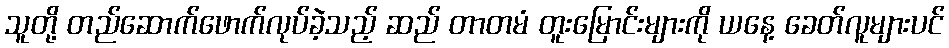
သူတို့ တည်ဆောက်ဖောက်လုပ်ခဲ့သည့် ဆည် တာတမံ တူးမြောင်းများကို ယနေ့ ခေတ်လူများပင်